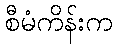
စီမံကိန်းက